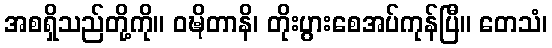
အစရှိသည်တို့ကို။ ဝဍ္ဎိတာနိ၊ တိုးပွားစေအပ်ကုန်ပြီ။ တေသံ၊